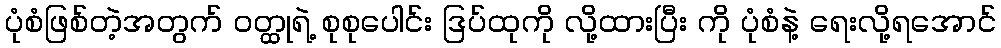
ပုံစံဖြစ်တဲ့အတွက် ဝတ္ထုရဲ့ စုစုပေါင်း ဒြပ်ထုကို လို့ထားပြီး ကို ပုံစံနဲ့ ရေးလို့ရအောင်